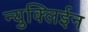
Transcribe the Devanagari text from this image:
न्युक्लिईन